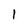
Character: 1